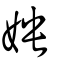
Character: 姎